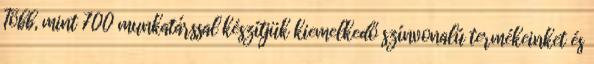
Több, mint 700 munkatárssal készítjük kiemelkedő színvonalú termékeinket és